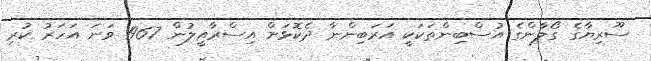
ސޫރިޔާގެ ގޯލާންގެ އުސްބިންތަކަކީ އަރަބިންނާ ދެކޮޅަށް އިސްރާއީލުން 1967 ވަނަ އަހަރު ކުރި